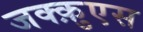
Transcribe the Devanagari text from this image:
जक्क़ुएस